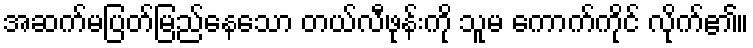
အဆက်မပြတ်မြည်နေသော တယ်လီဖုန်းကို သူမ ကောက်ကိုင် လိုက်၏။